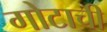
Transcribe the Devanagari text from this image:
गोटाची